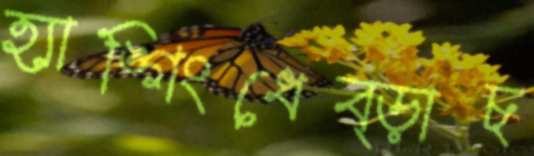
হ্যাঙ্গিংধেব্‌ড়াচ্